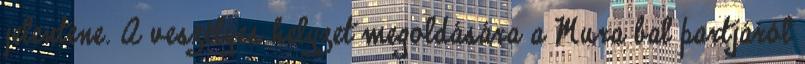
jelentene. A veszélyes helyzet megoldására a Mura bal partjáról